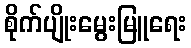
စိုက်ပျိုးမွေးမြူရေး